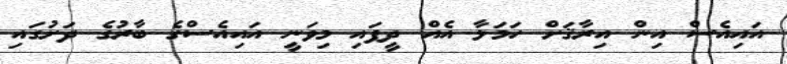
އައިއެސް އިން އިރާޤަށް ހަމަލާ އެއް ދީފައި މިވަނީ އައިއެސްގެ ބާރުގެ ދަށުގައި